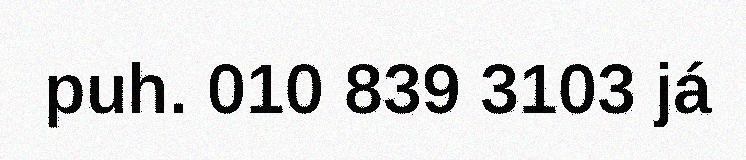
puh. 010 839 3103 já